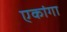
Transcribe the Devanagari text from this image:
एकांगा